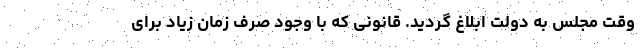
وقت مجلس به دولت ابلاغ گردید. قانونی که با وجود صرف زمان زیاد برای